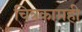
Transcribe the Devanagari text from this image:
चित्रकामही